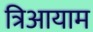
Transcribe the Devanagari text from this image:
त्रिआयाम